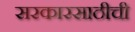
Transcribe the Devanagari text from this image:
सरकारसाठीची